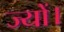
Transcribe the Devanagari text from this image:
ज्‍यों।